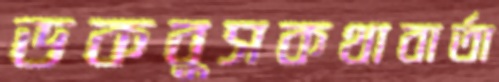
ডকবুসকথাবার্তা